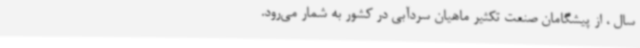
سال ، از پیشگامان صنعت تکثیر ماهیان سردآبی در کشور به شمار می‌رود.